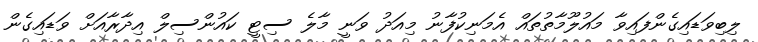
ލިބިވަޑައިގެންފައިވާ މައުލޫމާތުތައް އެމަނިކުފާނު މިއަދު ވަނީ މާލެ ސިޓީ ކައުންސިލް އިދާރާއަށް ވަޑައިގެން